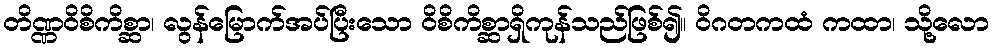
တိဏ္ဏဝိစိကိစ္ဆာ၊ လွန်မြောက်အပ်ပြီးသော ဝိစိကိစ္ဆာရှိကုန်သည်ဖြစ်၍။ ဝိဂတကထံ ကထာ၊ သို့လော